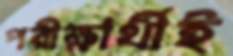
পরীক্ষার্থীই